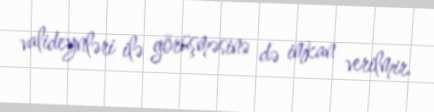
valideynləri ilə görüşməsinə də imkan verilmir.